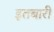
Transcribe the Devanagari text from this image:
इतबारी